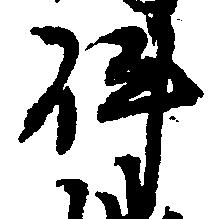
件